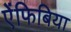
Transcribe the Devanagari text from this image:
ऐंफिबिया